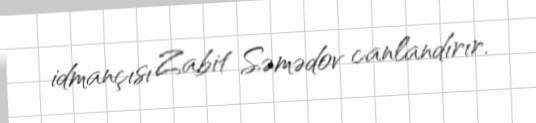
idmançısı Zabit Səmədov canlandırır.